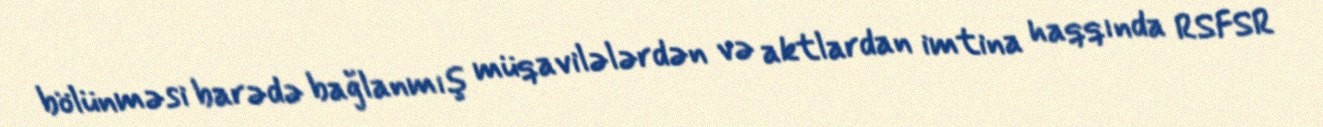
bölünməsi barədə bağlanmış müqavilələrdən və aktlardan imtina haqqında RSFSR